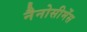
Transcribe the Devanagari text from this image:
नैनोसीमेंस